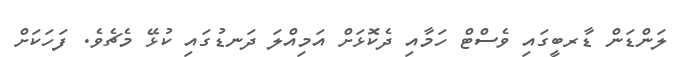
ލަންޑަން ޑާރބީގައި ވެސްޓް ހަމާއި ދެކޮޅަށް އަމިއްލަ ދަނޑުގައި ކުޅޭ މެޗެވެ. ފަހަކަށް